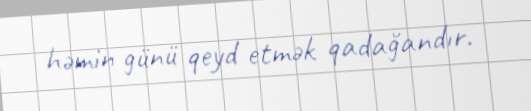
həmin günü qeyd etmək qadağandır.